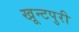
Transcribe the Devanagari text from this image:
खून्टपुरी